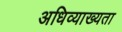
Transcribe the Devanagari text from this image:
अधिव्याख्यता